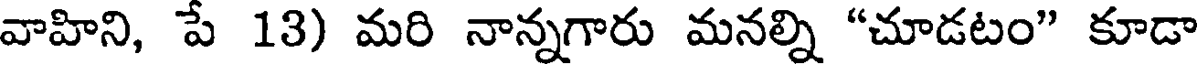
వాహిని, పే 13) మరి నాన్నగారు మనల్ని "చూడటం" కూడా